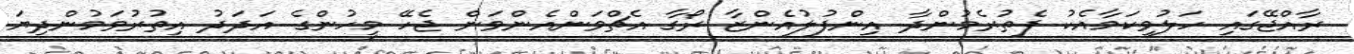
ރާއްޖޭގައި ހަލުވިކަމާއެކު ފެތުރެމުންދާ އިންފުލުއެންޒާ ރޯގާ އެޗްވަންއެންވަން ޖެހޭ މީހުންގެ އަދަދު އިތުރުވަމުންދިޔަ